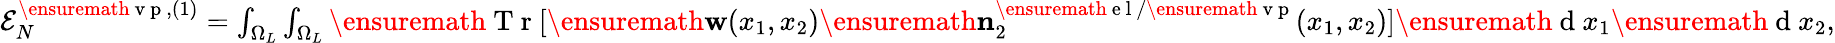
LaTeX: \begin{array}{r}{{\cal E}_{N}^{\ensuremath{\mathrm{~v~p~}},(1)}=\int_{\Omega_{L}}\int_{\Omega_{L}}\ensuremath{\mathrm{~T~r~}}[\ensuremath{\mathbf{w}}(x_{1},x_{2})\ensuremath{\mathbf{n}}_{2}^{\ensuremath{\mathrm{~e~l~}}/\ensuremath{\mathrm{~v~p~}}}(x_{1},x_{2})]\ensuremath{\mathrm{~d~}}x_{1}\ensuremath{\mathrm{~d~}}x_{2},}\end{array}